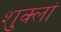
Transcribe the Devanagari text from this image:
शुक्लां